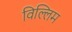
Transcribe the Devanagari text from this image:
विल्लिम